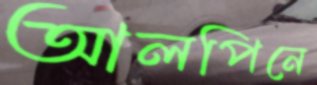
আলপিনে